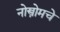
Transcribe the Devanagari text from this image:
नोस्त्रोमचे